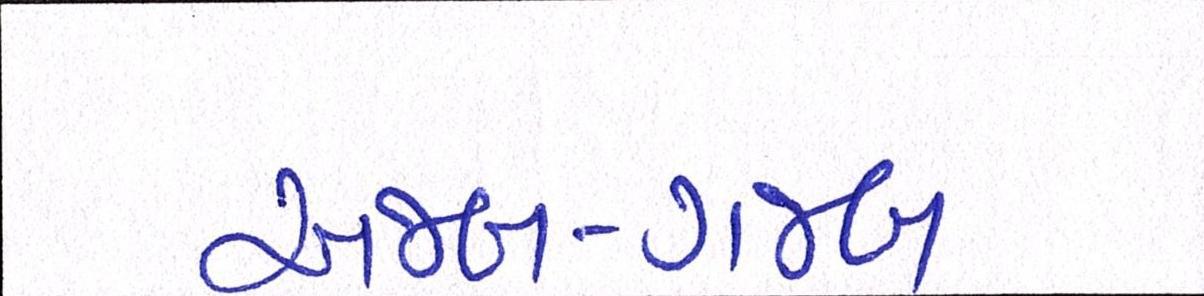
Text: અજબ-ગજબ